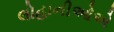
લોહાનીઓએ